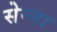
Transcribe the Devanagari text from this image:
सेन्‍ना